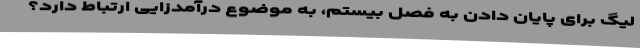
لیگ برای پایان دادن به فصل بیستم، به موضوع درآمدزایی ارتباط دارد؟